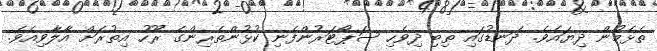
ތެޅެމުން ދިޔައެވެ. ދަނޑުގައި ތިބި ދިވެހި ސަޕޯޓަރުންފެނި ކުޅުންތެރިންގެ ރޫހު އިތުރަށް އާލާވިއެވެ.